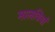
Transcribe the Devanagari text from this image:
मालवियां